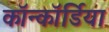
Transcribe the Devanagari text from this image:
कॉन्कॉर्डिया